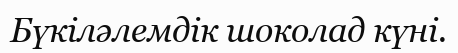
Бүкiләлемдiк шоколад күнi.